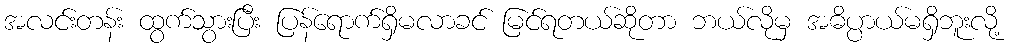
အလင်းတန်း ထွက်သွားပြီး ပြန်ရောက်ရှိမလာခင် မြင်ရတယ်ဆိုတာ ဘယ်လိုမှ အဓိပ္ပာယ်မရှိဘူးလို့